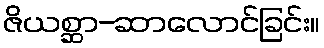
ဇိယစ္ဆာ-ဆာလောင်ခြင်း။